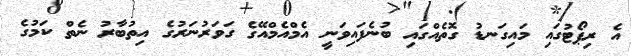
އެ ރިޕޯޓުގައި މައިގަނޑު ގޮތެއްގައި ބުނެފައިވަނީ އެމްއެމްއޭގެ ގަވަރުނަރުގެ އިތުބާރު ނެތް ކަމުގެ